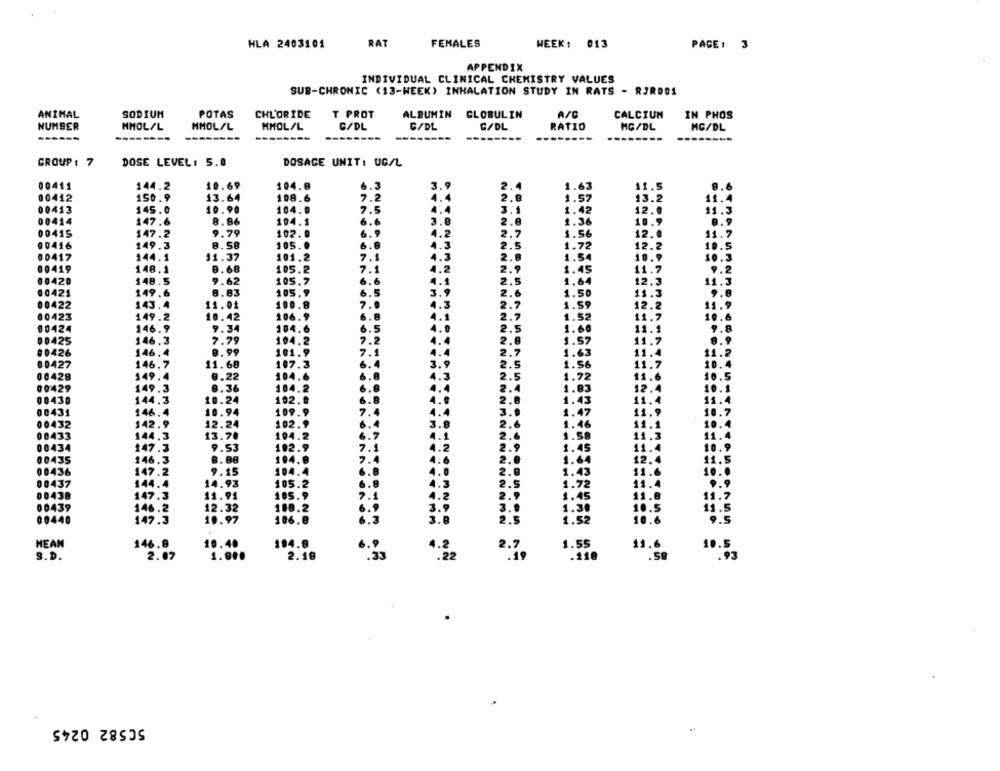
HLA 2403101
RAT
FEMALES
WEEK: 013
PACE: 3
APPENDIX
INDIVIDUAL CLINICAL CHEMISTRY VALUES
SUB-CHRONIC (13-WEEK) INHALATION STUDY IN RATS - RJRD01
ANIMAL
SODIUM
POTAS
CHL'ORIDE
T PROT
ALBUMIN GLOBULIN
A/C
CALCIUM
IN PHOS
NUMBER
MMOL/L
MMOL/L
MMOL/L
G/DL
G/DL
C/DL
RATIO
MG/DL
MG/DL
------
-
-----
-------
GROUP : 7
DOSE LEVEL: 5.0
DOSAGE UNIT: UG/L
00411
10.69
104.8
6.3
3.9
2.4
1.63
11.5
144.2
00412
150.9
13.64
108.6
7.2
4.4
2.8
1.57
13.2
00413
145.0
10.90
104.0
4.4
3.1
7.5
1.42
12.0
00414
147.6
8.86
104.1
6.6
3.8
2.8
1.36
10.9
00415
147.2
9.79
102.0
6.9
4.2
2.7
1.56
12.0
11.7
00416
149.3
8.58
105.0
6.9
4.3
2.5
1.72
12.2
19.5
00417
144.1
11.37
101.2
7.1
4.3
2.8
1.54
10.9
00419
148.1
8.68
105.2
7.1
4.2
2.9
1.45
11.7
00420
148.5
9.62
105.7
6.6
4.4
2.5
1.64
12.3
00421
149.6
8.83
105.9
6.5
3.9
2.6
1.50
11.3
00422
143.4
11.01
100.8
7.9
.3
2.7
1.59
12.2
00423
149.2
10.42
106.9
2.7
11.7
1.52
00424
146.9
9.34
104.6
.5
2.5
1.60
11.1
00425
146.3
104.2
11.7
7.79
2.8
1.57
00426
146.4
8.99
101.9
7.
2.7
1.63
11.4
11.7
00427
146.7
11.68
107.3
2.5
1.56
00428
149.4
8.22
104.6
2.5
1.72
11.6
12.
00429
149.3
8.36
104.2
2.4
1.83
00430
144.3
10.24
102.0
6.8
2.8
11.4
1.43
00431
146.4
10.94
109.9
7.4
3.9
1.47
10
00432
$42.9
12.24
102.9
2.6
10
1.46
144.3
13.78
194.2
6.7
2.4
1.58
11.
00434
147.3
102.9
7.1
.2
2.9
1.45
11
10.
9.53
00435
146.3
8.88
194.8
7.4
1.6
1.64
12.4
11.5
9.15
104.4
4.0
2.
11.6
10.0
00436
147.2
1.43
08437
144.4
14.93
105.2
6.8
4.3
2.5
1.72
11.4
00438
147.3
11.91
105.9
4.2
2.
1.45
11.6
11.7
00439
146.2
12.32
108.2
6.9
3.9
1.30
10.5
11.5
00440
147.3
10.97
106.8
6.3
3.8
2.5
1.52
10.6
MEAN
146.8
10.40
104.6
6.9
2.7
1.55
11.6
10.5
1.900
2.18
:22
.118
.58
9.D.
2.07
50582 0245